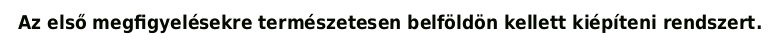
Az első megfigyelésekre természetesen belföldön kellett kiépíteni rendszert.